Scottish Leaving Certificate Examination, 1958
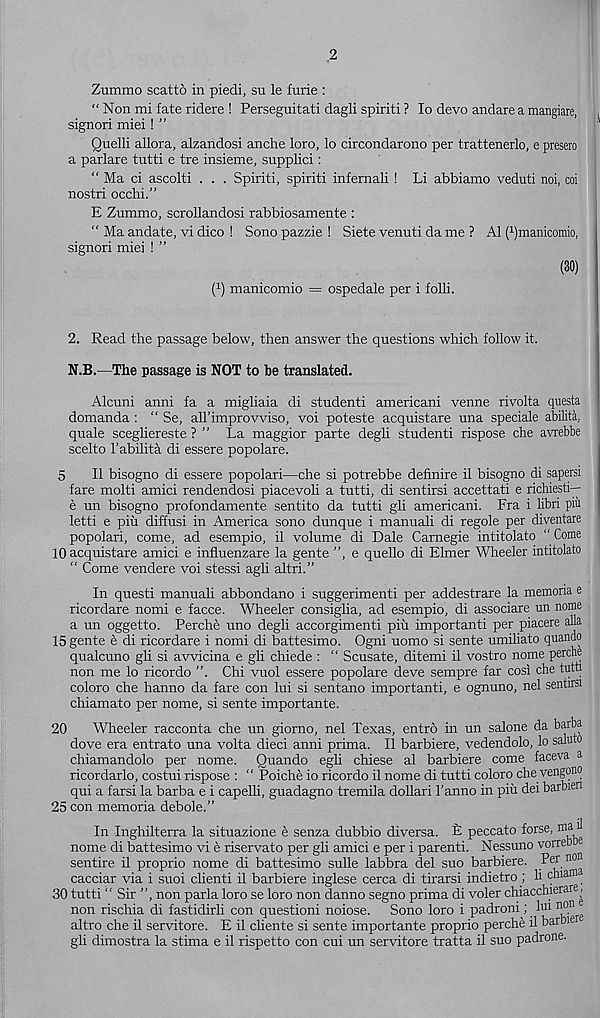
2
Zummo scatto in piedi, su le furie :
“ Non mi fate ridere ! Perseguitati dagli spiriti ? lo devo andare a mangiare,
signori miei! ”
Quelli allora, alzandosi anche loro, lo circondarono per trattenerlo, e presero
a parlare tutti e tre insieme, supplici:
“ Ma ci ascolti . . . Spiriti, spiriti infernali ! Li abbiamo veduti noi, coi
nostri occhi.”
E Zummo, scrollandosi rabbiosamente :
“ Ma andate, vi dico ! Sono pazzie ! Siete venuti da me ? A1 (^manicomio,
signori miei ! ”
(30)
( 1 ) manicomio = ospedale per i folli.
2. Read the passage below, then answer the questions which follow it.
N.B.—The passage is NOT to be translated.
Alcuni anni fa a migliaia di studenti americani venne rivolta questa
domanda : “ Se, aH’improvviso, voi poteste acquistare una speciale abilita,
quale scegliereste ? ” La maggior parte degli studenti rispose die avrebbe
scelto I’abilita di essere popolare.
5
II bisogno di essere popolari—che si potrebbe definire il bisogno di sapersi
fare molti amici rendendosi piacevoli a tutti, di sentirsi accettati e richiesti—
e un bisogno profondamente sentito da tutti gli americani. Fra i libri piu
letti e piu diffusi in America sono dunque i manuali di regole per diventare
popolari, come, ad esempio, il volume di Dale Carnegie intitolato “ Come
10 acquistare amici e influenzare la gente ”, e quello di Elmer Wheeler intitolato
“ Come vendere voi stessi agli altri.”
In questi manuali abbondano i suggerimenti per addestrare la memona e
ricordare nomi e facce. Wheeler consiglia, ad esempio, di associare un nome
a un oggetto. Perche uno degli accorgimenti piu importanti per piacere alia
15 gente e di ricordare i nomi di battesimo. Ogni uomo si sente umiliato quando
qualcuno gli si avvicina e gli chiede : “ Scusate, ditemi il vostro nome perche
non me lo ricordo ”. Chi vuol essere popolare deve sempre far cosi che tutti
coloro che hanno da fare con lui si sentano importanti, e ognuno, nel sentirsi
chiamato per nome, si sente importante.
20
Wheeler racconta che un giorno, nel Texas, entro in un salone da barba
dove era entrato una volta dieci anni prima. Il barbiere, vedendolo, lo saluto
chiamandolo per nome. Quando egli chiese al barbiere come faceva a
ricordarlo, costui rispose : “ Poiche io ricordo il nome di tutti coloro che vengono
qui a farsi la barba e i capelli, guadagno tremila dollari 1’anno in piu dei barbien
25 con memoria debole.”
In Inghilterra la situazione e senza dubbio diversa. E peccato forse, nra
nome di battesimo vi e riservato per gli amici e per i parenti. Nessuno vorreo
sentire il proprio nome di battesimo sulle labbra del suo barbiere. Per no 11
cacciar via i suoi client! il barbiere inglese cerca di tirarsi indietro; li cluam
30 tutti “Sir ”, non parla loro se loro non danno segno prima di voler chiacchierare^
non rischia di fastidirli con question! noiose. Sono loro i padroni; lui non
altro che il servitore. E il cliente si sente importante proprio perche il barbie
gli dimostra la stima e il rispetto con cui un servitore tratta il suo padrone.